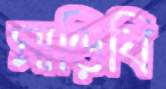
মাড়িবি